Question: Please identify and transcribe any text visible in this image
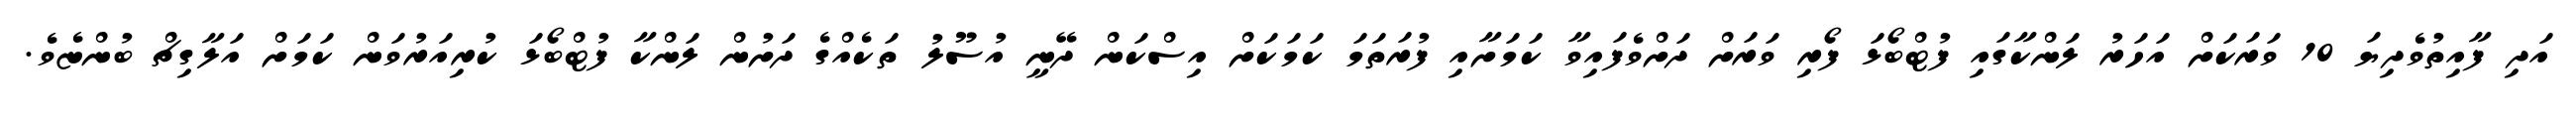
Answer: އަދި ފާއިތުވެދިޔަ 10 ވަރަކަށް އަހަރު ލަންކާގައި ފުޓްބޯޅަ ފޯރި ވަރަށް ދަށްވެފައިވާ ކަމަށާއި ފުރަތަމަ ކަމަކަށް އިސްކަން ދޭނީ އުސޫލު ތަކެއްގެ ދަށުން ލަންކާ ފުޓްބޯޅަ ކުރިއަރުވަން ކަމަށް އަލާގިޗް ބުންޏެވެ.